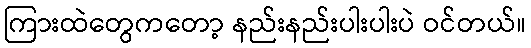
ကြားထဲတွေကတော့ နည်းနည်းပါးပါးပဲ ဝင်တယ်။